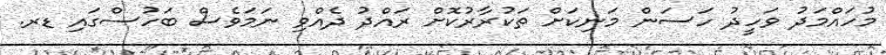
މުހައްމަދު ވަހީދު ހަސަން މަނިކަށް ތަކުރާރުކޮށް ރައްދު ދެއްވި ނަމަވެސް ބަހުސްގައި ޑރ.